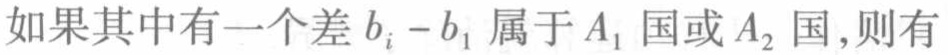
如果其中有一个差 \(b_{i}-b_{1}\) 属于 \(A_{1}\) 国或 \(A_{2}\) 国，则有